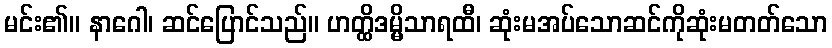
မင်း၏။ နာဂေါ၊ ဆင်ပြောင်သည်။ ဟတ္ထိဒမ္မိသာရထီ၊ ဆုံးမအပ်သောဆင်ကိုဆုံးမတတ်သော